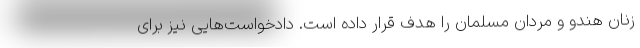
زنان هندو و مردان مسلمان را هدف قرار داده است. دادخواست‌هایی نیز برای